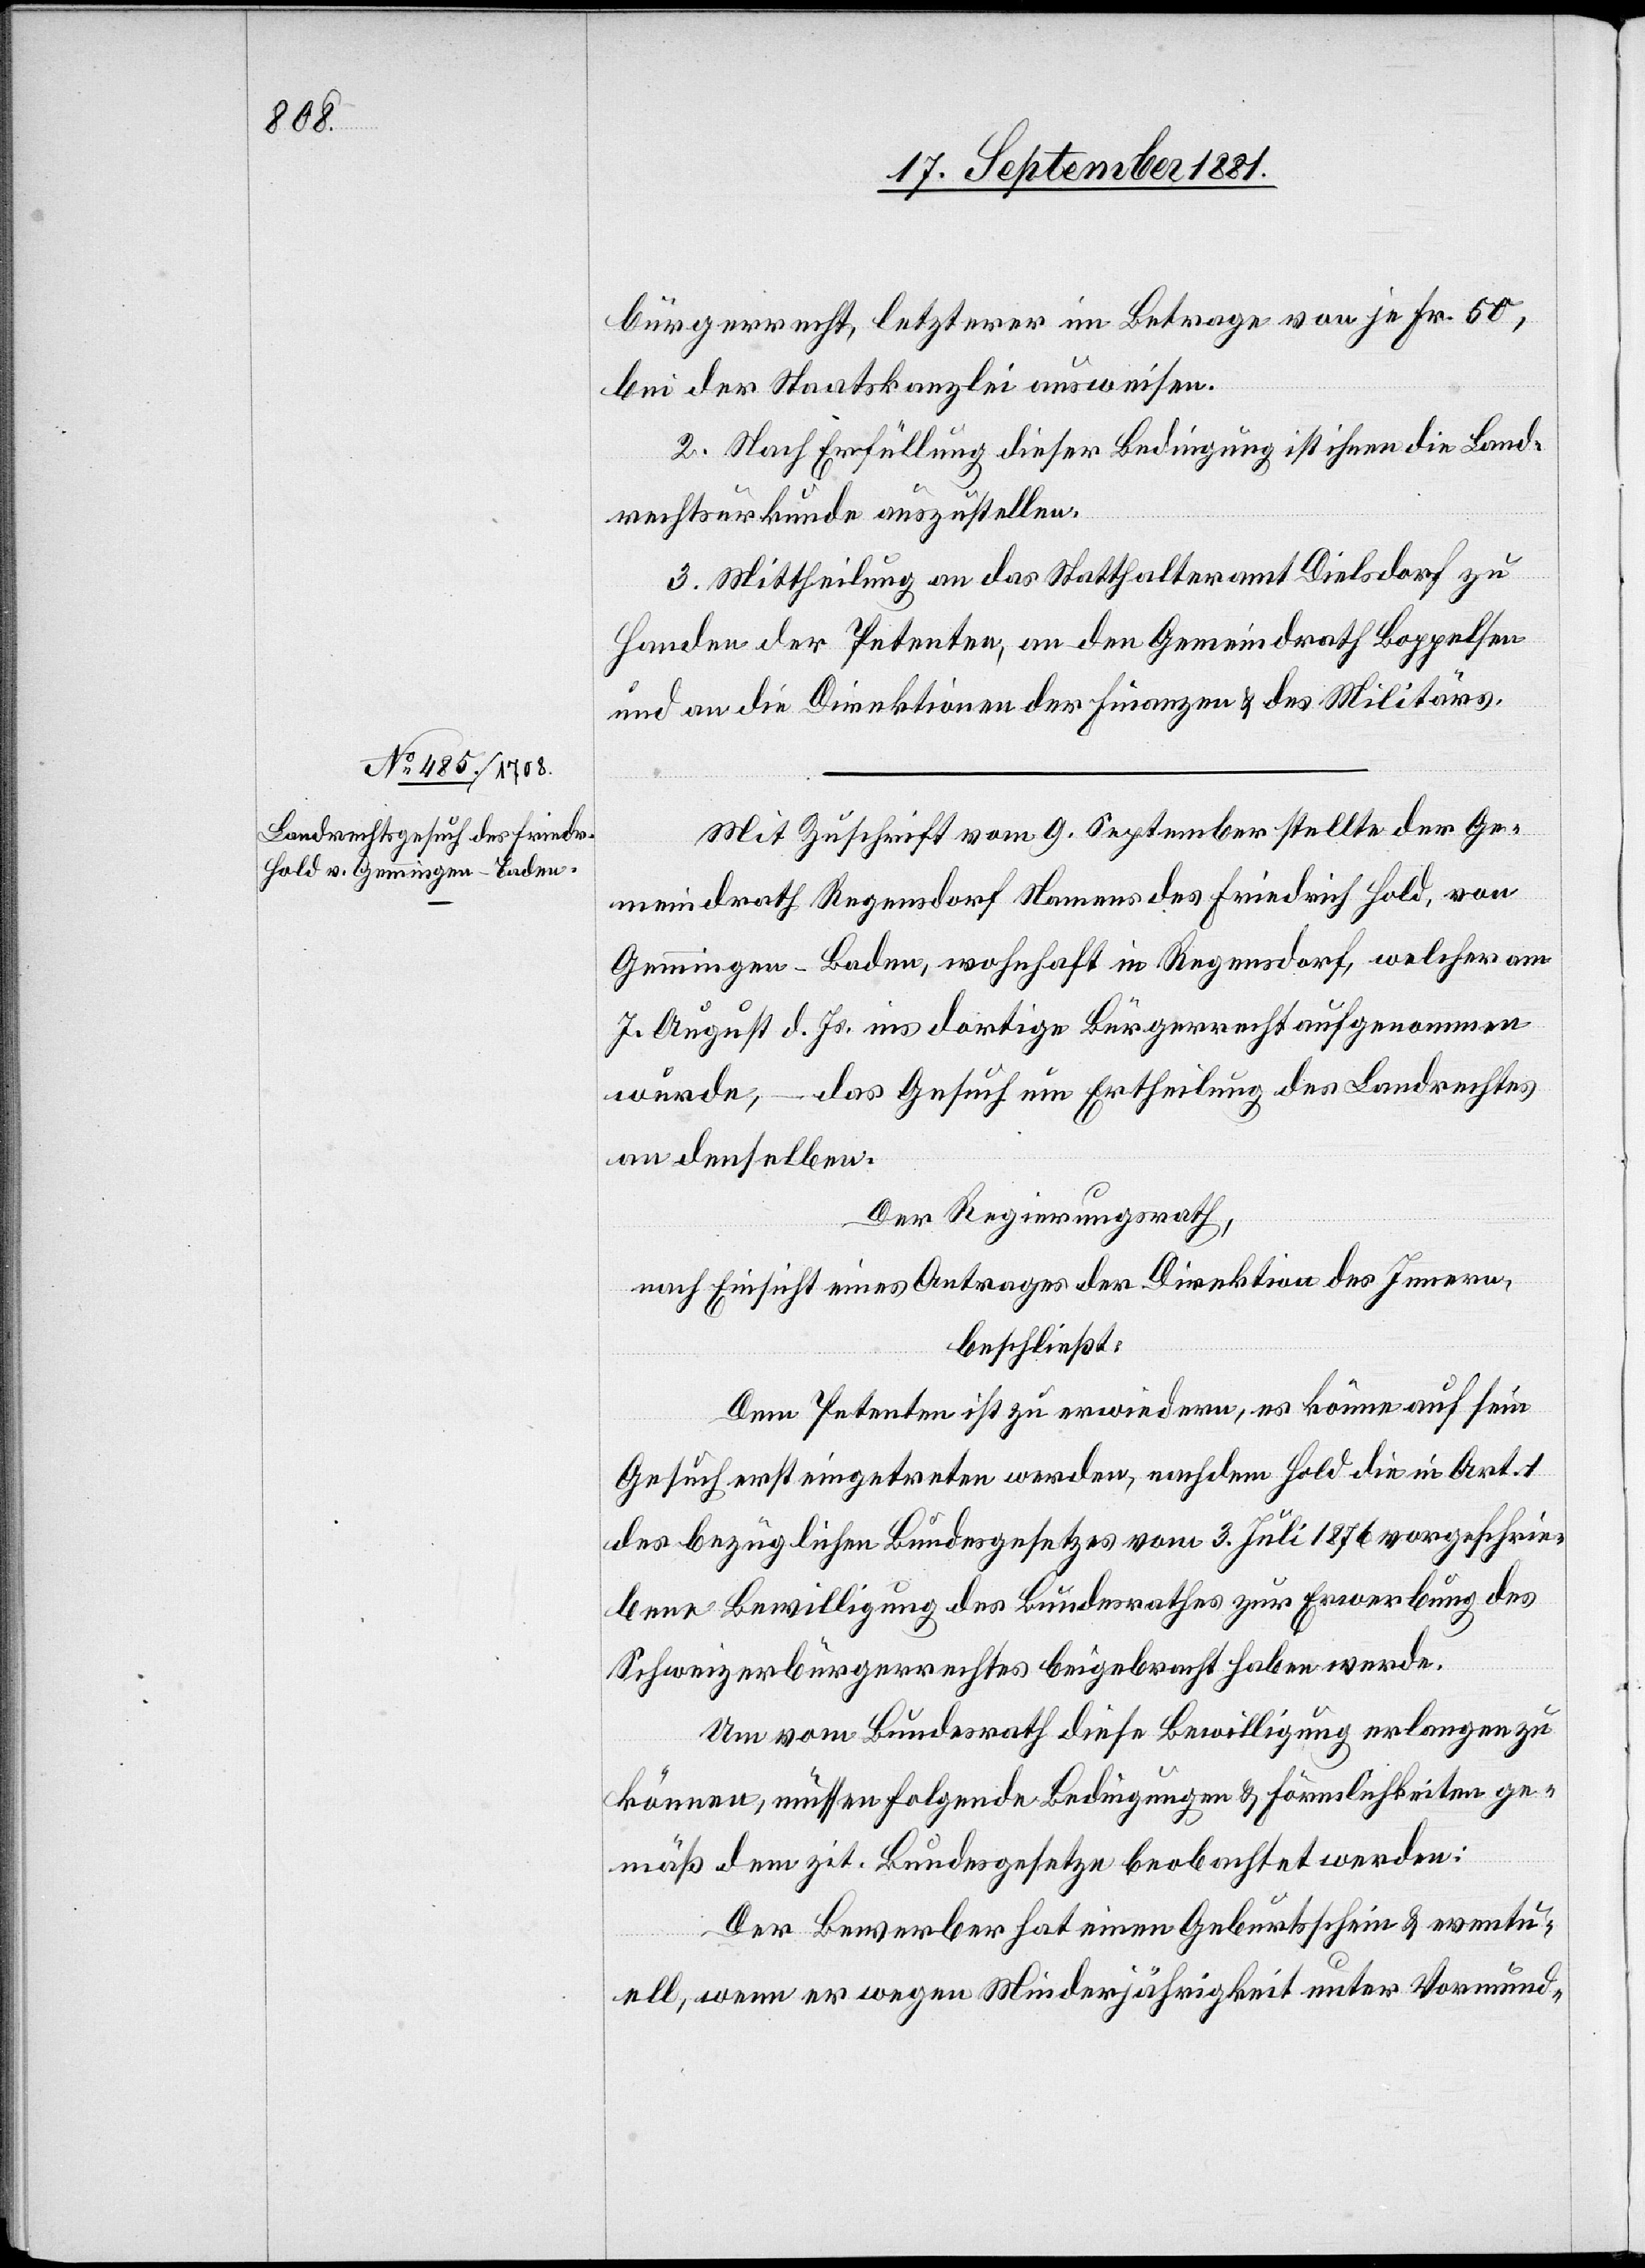
bürgerrecht, letzterer im Betrage von je Fr. 50,
bei der Staatskanzlei ausweisen.
2. Nach Erfüllung diese Bedingung ist ihnen die Land¬
rechtsurkunde auszustellen.
3. Mittheilung an das Statthalteramt Dielsdorf zu
Handen der Petenten, an den Gemeindrath Boppelsen
und an die Direktionen der Finanzen & des Militärs.
Mit Zuschrift vom 9. September stellte der Ge¬
meindrath Regendorf Namens des Friedrich Hold, von
Gemmingen - Baden, wohnhaft in Regensdorf, welcher am
7. August d. Js. ins dortige Bürgerrecht aufgenommen
wurde, – das Gesuch um Ertheilung des Landrechtes
an denselben.
Der Regierungsrath,
nach Einsicht eines Antrages der Direktion des Innern,
beschließt:
Dem Petenten ist zu erwiedern, es könne auf sein
Gesuch erst eingetreten werden, nachdem Hold die in Art. 1
des bezüglichen Bundesgesetzes vom 3. Juli 1876 vorgeschrie¬
bene Bewilligung des Bundesrathes zur Erwerbung des
Schweizerbürgerrechtes beigebracht haben werde.
Um vom Bundesrath diese Bewilligung erlangen zu
können, müssen folgende Bedingungen & Förmlichkeiten ge¬
mäß dem zit. Bundesgesetze beobachtet werden:
Der Bewerber hat einen Geburtsschein & eventu¬
ell, wenn er wegen Minderjährigkeit unter Vormund-